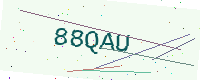
Text: 88QAU